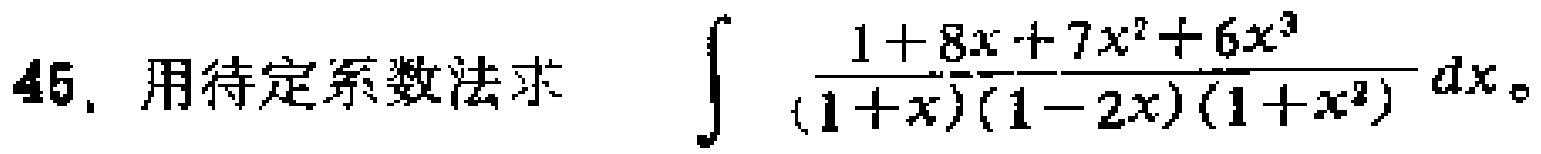
45. 用待定系数法求 $\int \frac{1 + 8x + 7x^{2}+6x^{3}}{(1 + x)(1 - 2x)(1 + x^{2})}dx$。